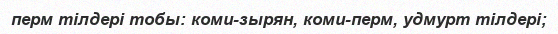
перм тілдері тобы: коми-зырян, коми-перм, удмурт тілдері;